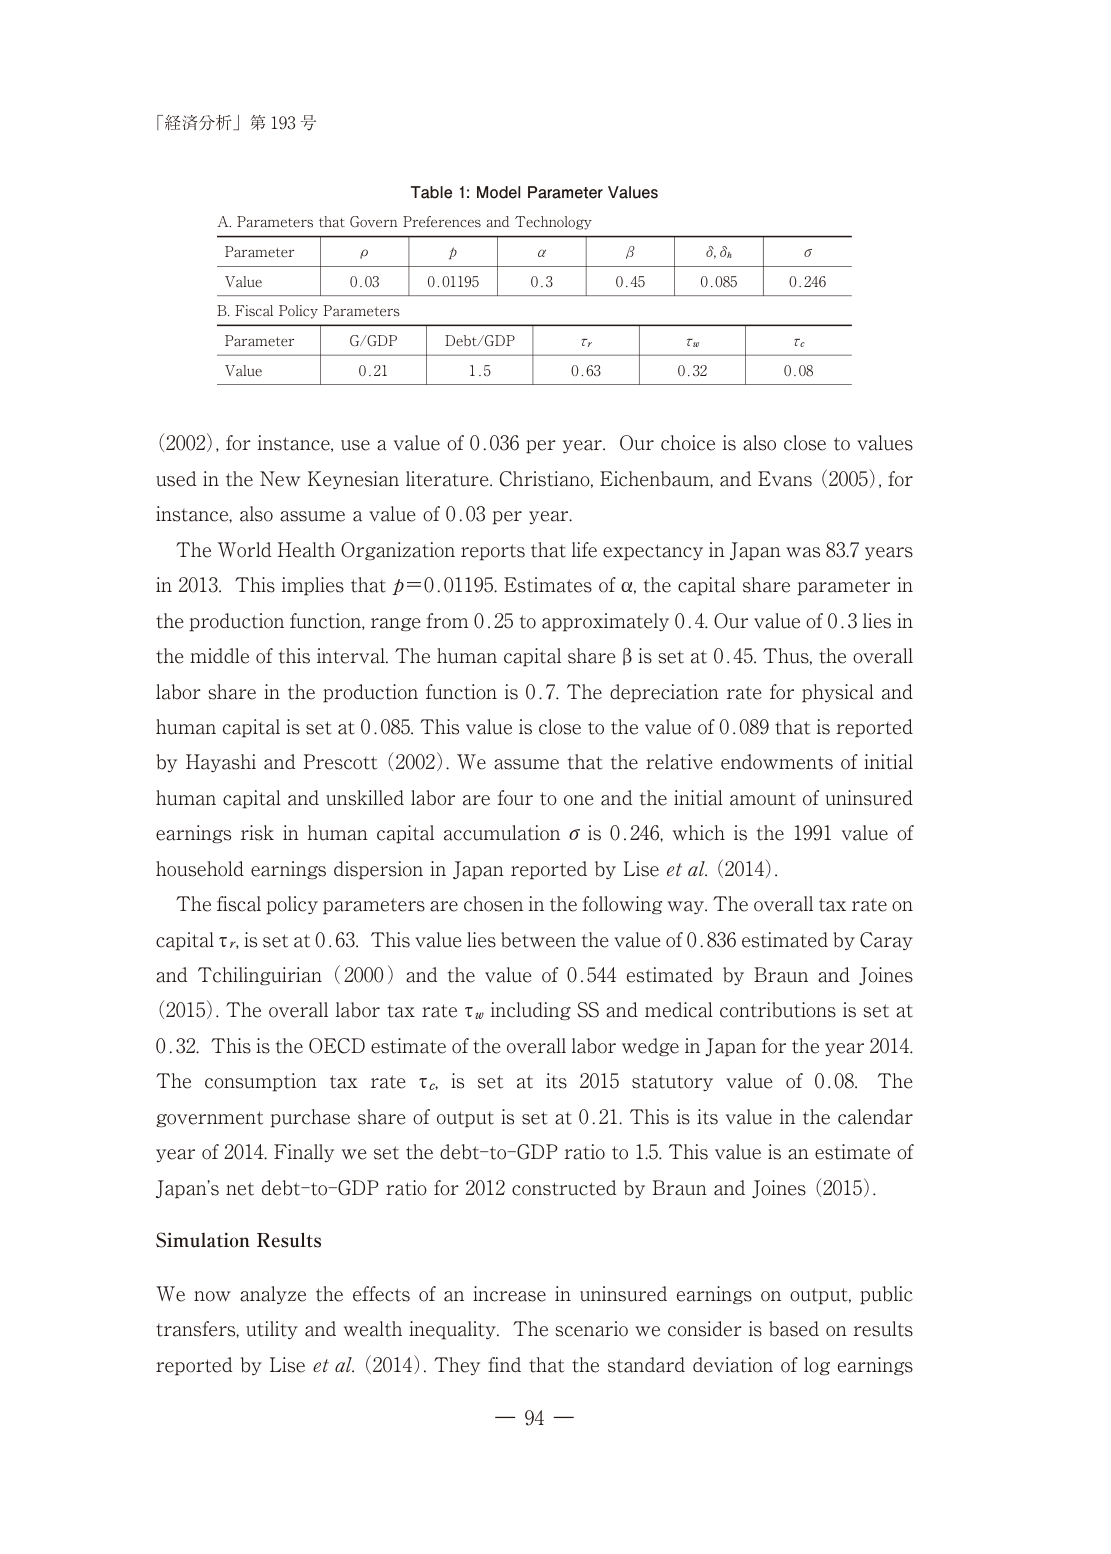
「経済分析」第 193 号

Table 1: Model Parameter Values

A. Parameters that Govern Preferences and Technology

Parameter    ρ       p       α       β       δ, δh   σ
Value       0.03    0.01195 0.3     0.45    0.085   0.246

B. Fiscal Policy Parameters

Parameter    G/GDP   Debt/GDP   τr      τw      τc
Value       0.21    1.5        0.63    0.32    0.08

(2002), for instance, use a value of 0.036 per year. Our choice is also close to values used in the New Keynesian literature. Christiano, Eichenbaum, and Evans (2005), for instance, also assume a value of 0.03 per year.

The World Health Organization reports that life expectancy in Japan was 83.7 years in 2013. This implies that p=0.01195. Estimates of α, the capital share parameter in the production function, range from 0.25 to approximately 0.4. Our value of 0.3 lies in the middle of this interval. The human capital share β is set at 0.45. Thus, the overall labor share in the production function is 0.7. The depreciation rate for physical and human capital is set at 0.085. This value is close to the value of 0.089 that is reported by Hayashi and Prescott (2002). We assume that the relative endowments of initial human capital and unskilled labor are four to one and the initial amount of uninsured earnings risk in human capital accumulation σ is 0.246, which is the 1991 value of household earnings dispersion in Japan reported by Lise et al. (2014).

The fiscal policy parameters are chosen in the following way. The overall tax rate on capital τr is set at 0.63. This value lies between the value of 0.836 estimated by Caray and Tchilinguirian (2000) and the value of 0.544 estimated by Braun and Joines (2015). The overall labor tax rate τw including SS and medical contributions is set at 0.32. This is the OECD estimate of the overall labor wedge in Japan for the year 2014. The consumption tax rate τc is set at its 2015 statutory value of 0.08. The government purchase share of output is set at 0.21. This is its value in the calendar year of 2014. Finally we set the debt-to-GDP ratio to 1.5. This value is an estimate of Japan's net debt-to-GDP ratio for 2012 constructed by Braun and Joines (2015).

Simulation Results

We now analyze the effects of an increase in uninsured earnings on output, public transfers, utility and wealth inequality. The scenario we consider is based on results reported by Lise et al. (2014). They find that the standard deviation of log earnings

— 94 —